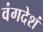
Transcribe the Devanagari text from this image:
वंगदेशं